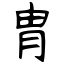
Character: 胄